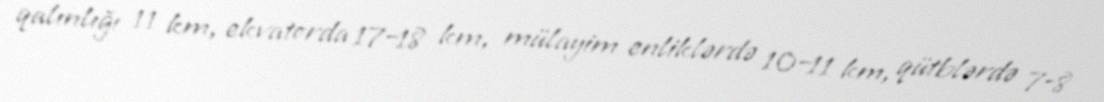
qalınlığı 11 km, ekvatorda 17–18 km, mülayim enliklərdə 10–11 km, qütblərdə 7–8